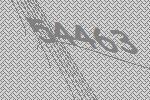
54463